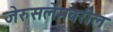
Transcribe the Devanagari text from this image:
जेरुसलेमवरील